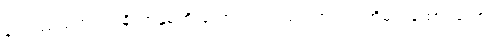
နဝဝဿသတဿာနိ၊ အနှစ်ကိုးသောင်းပတ်လုံး။ အဂါရံ၊ အိမ်ရာထောင်သော